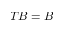
T B = B